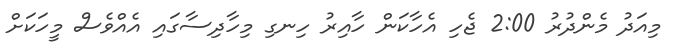
މިއަދު މެންދުރު 2:00 ޖެހި އެހާކަން ހާއިރު ހިނގި މިހާދިސާގައި އެއްވެސް މީހަކަށް